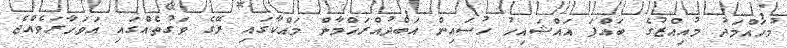
މުހައްމަދު މުއިއްޒުގެ ބައްޕަ އައްޝައިހު ހުސައިން އަބްދުއްރަހްމާން މައްކާގައި ރޭގެ ވަގުތެއްގައި އަވަހާރަވެއްޖެ